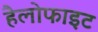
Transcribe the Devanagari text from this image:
हैलोफाइट